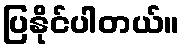
ပြနိုင်ပါတယ်။